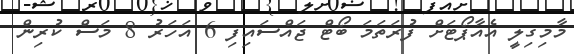
މާމިގިލީ އެއާޕޯޓަށް ފުރަތަމަ ބޯޓް ޖައްސައިފި 6 އަހަރު 8 މަސް ކުރިން